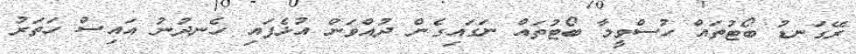
ރޭގަނޑު ބޯޓުތައް ހުސްވީމާ ބޯޓުތައް ނަގައިގެން ދުއްވަން އުޅެފައި ހެނދުނު އައިސް ހަތަރު